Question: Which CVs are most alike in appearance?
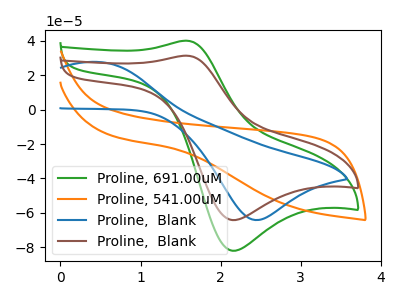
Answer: <think>The green curve "Proline, 691.00uM" has an anodic peak at (1.55V, 40.10uA) and a cathodic peak at (2.15V, -82.00uA). The orange curve "Proline, 541.00uM" has no peaks. The blue curve "Proline,  Blank" has an anodic peak at (0.50V, 27.70uA) and a cathodic peak at (2.45V, -64.20uA). The brown curve "Proline,  Blank" has an anodic peak at (1.55V, 31.35uA) and a cathodic peak at (2.15V, -64.15uA).
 "Proline, 691.00uM" and "Proline, 541.00uM" have a different number of peaks. "Proline, 691.00uM" and "Proline,  Blank" have at least one peak that do not match. All the peaks in "Proline, 691.00uM" have a peak in "Proline,  Blank" at the same potential. Every peak in "Proline, 691.00uM" is higher than every peak in "Proline,  Blank". "Proline, 541.00uM" and "Proline,  Blank" have a different number of peaks. "Proline, 541.00uM" and "Proline,  Blank" have a different number of peaks. "Proline,  Blank" and "Proline,  Blank" have at least one peak that do not match.</think>
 <answer>"Proline,  Blank" and "Proline, 691.00uM" have the same shape and are likely CV's of the same chemical.</answer>
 <eval>"Proline,  Blank" "Proline, 691.00uM"</eval>